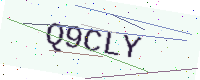
Text: Q9CLY